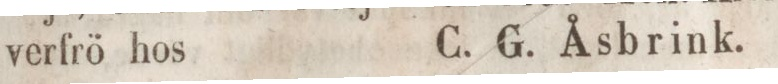
verfrö hos    C. G. Åsbrink.